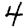
Digit: 4